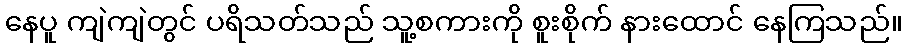
နေပူ ကျဲကျဲတွင် ပရိသတ်သည် သူ့စကားကို စူးစိုက် နားထောင် နေကြသည်။